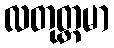
လတုတ္တမာ